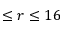
\le r \le 1 6